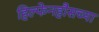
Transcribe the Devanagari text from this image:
हिल्फेनहौसच्या